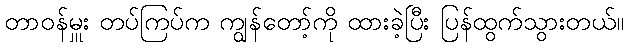
တာဝန်မှူး တပ်ကြပ်က ကျွန်တော့်ကို ထားခဲ့ပြီး ပြန်ထွက်သွားတယ်။